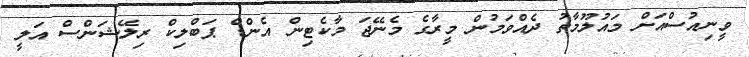
ވީނިއުސްއަށް މައުލޫމާތު ދެއްވަމުން މީރާގެ މެނޭޖަ މާކެޓިން އެންޑް ޕަބްލިކް ރިލޭޝަންސް އަލީ